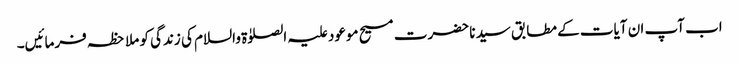
اب آپ ان آیات کے مطابق سیدنا حضرت مسیح موعود علیہ الصلوٰۃ والسلام کی زندگی کو ملاحظہ فرمائیں۔